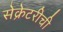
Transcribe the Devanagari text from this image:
सेक्रेटरीची